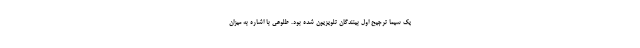
یک سیما ترجیح اول بینندگان تلویزیون شده بود. طلوعی با اشاره به میزان